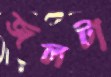
জলটা